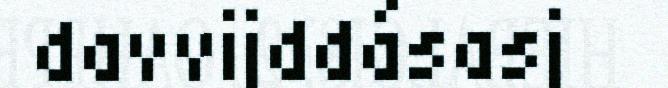
davvijddásasj